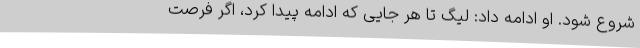
شروع شود. او ادامه داد: لیگ تا هر جایی که ادامه پیدا کرد، اگر فرصت